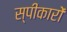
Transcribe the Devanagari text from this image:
स्पीकारों